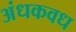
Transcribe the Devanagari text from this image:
अंधकवध